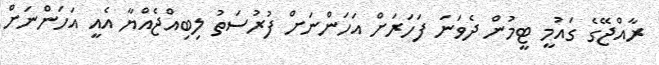
ރާއްޖޭގެ ގައުމީ ޓީމުން ދެވަނަ ފަހަރަށް އަހަންނަށް ފުރުސަތު ލިބިއްޖެއްޔާ އެއީ އަހަންނަށް